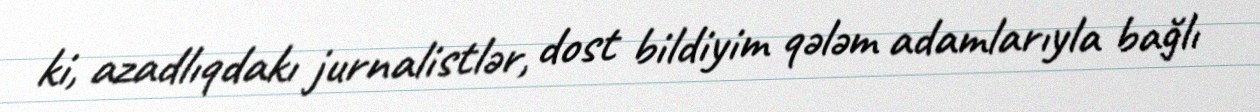
ki, azadlıqdakı jurnalistlər, dost bildiyim qələm adamlarıyla bağlı